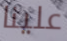
علينا